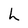
Character: h